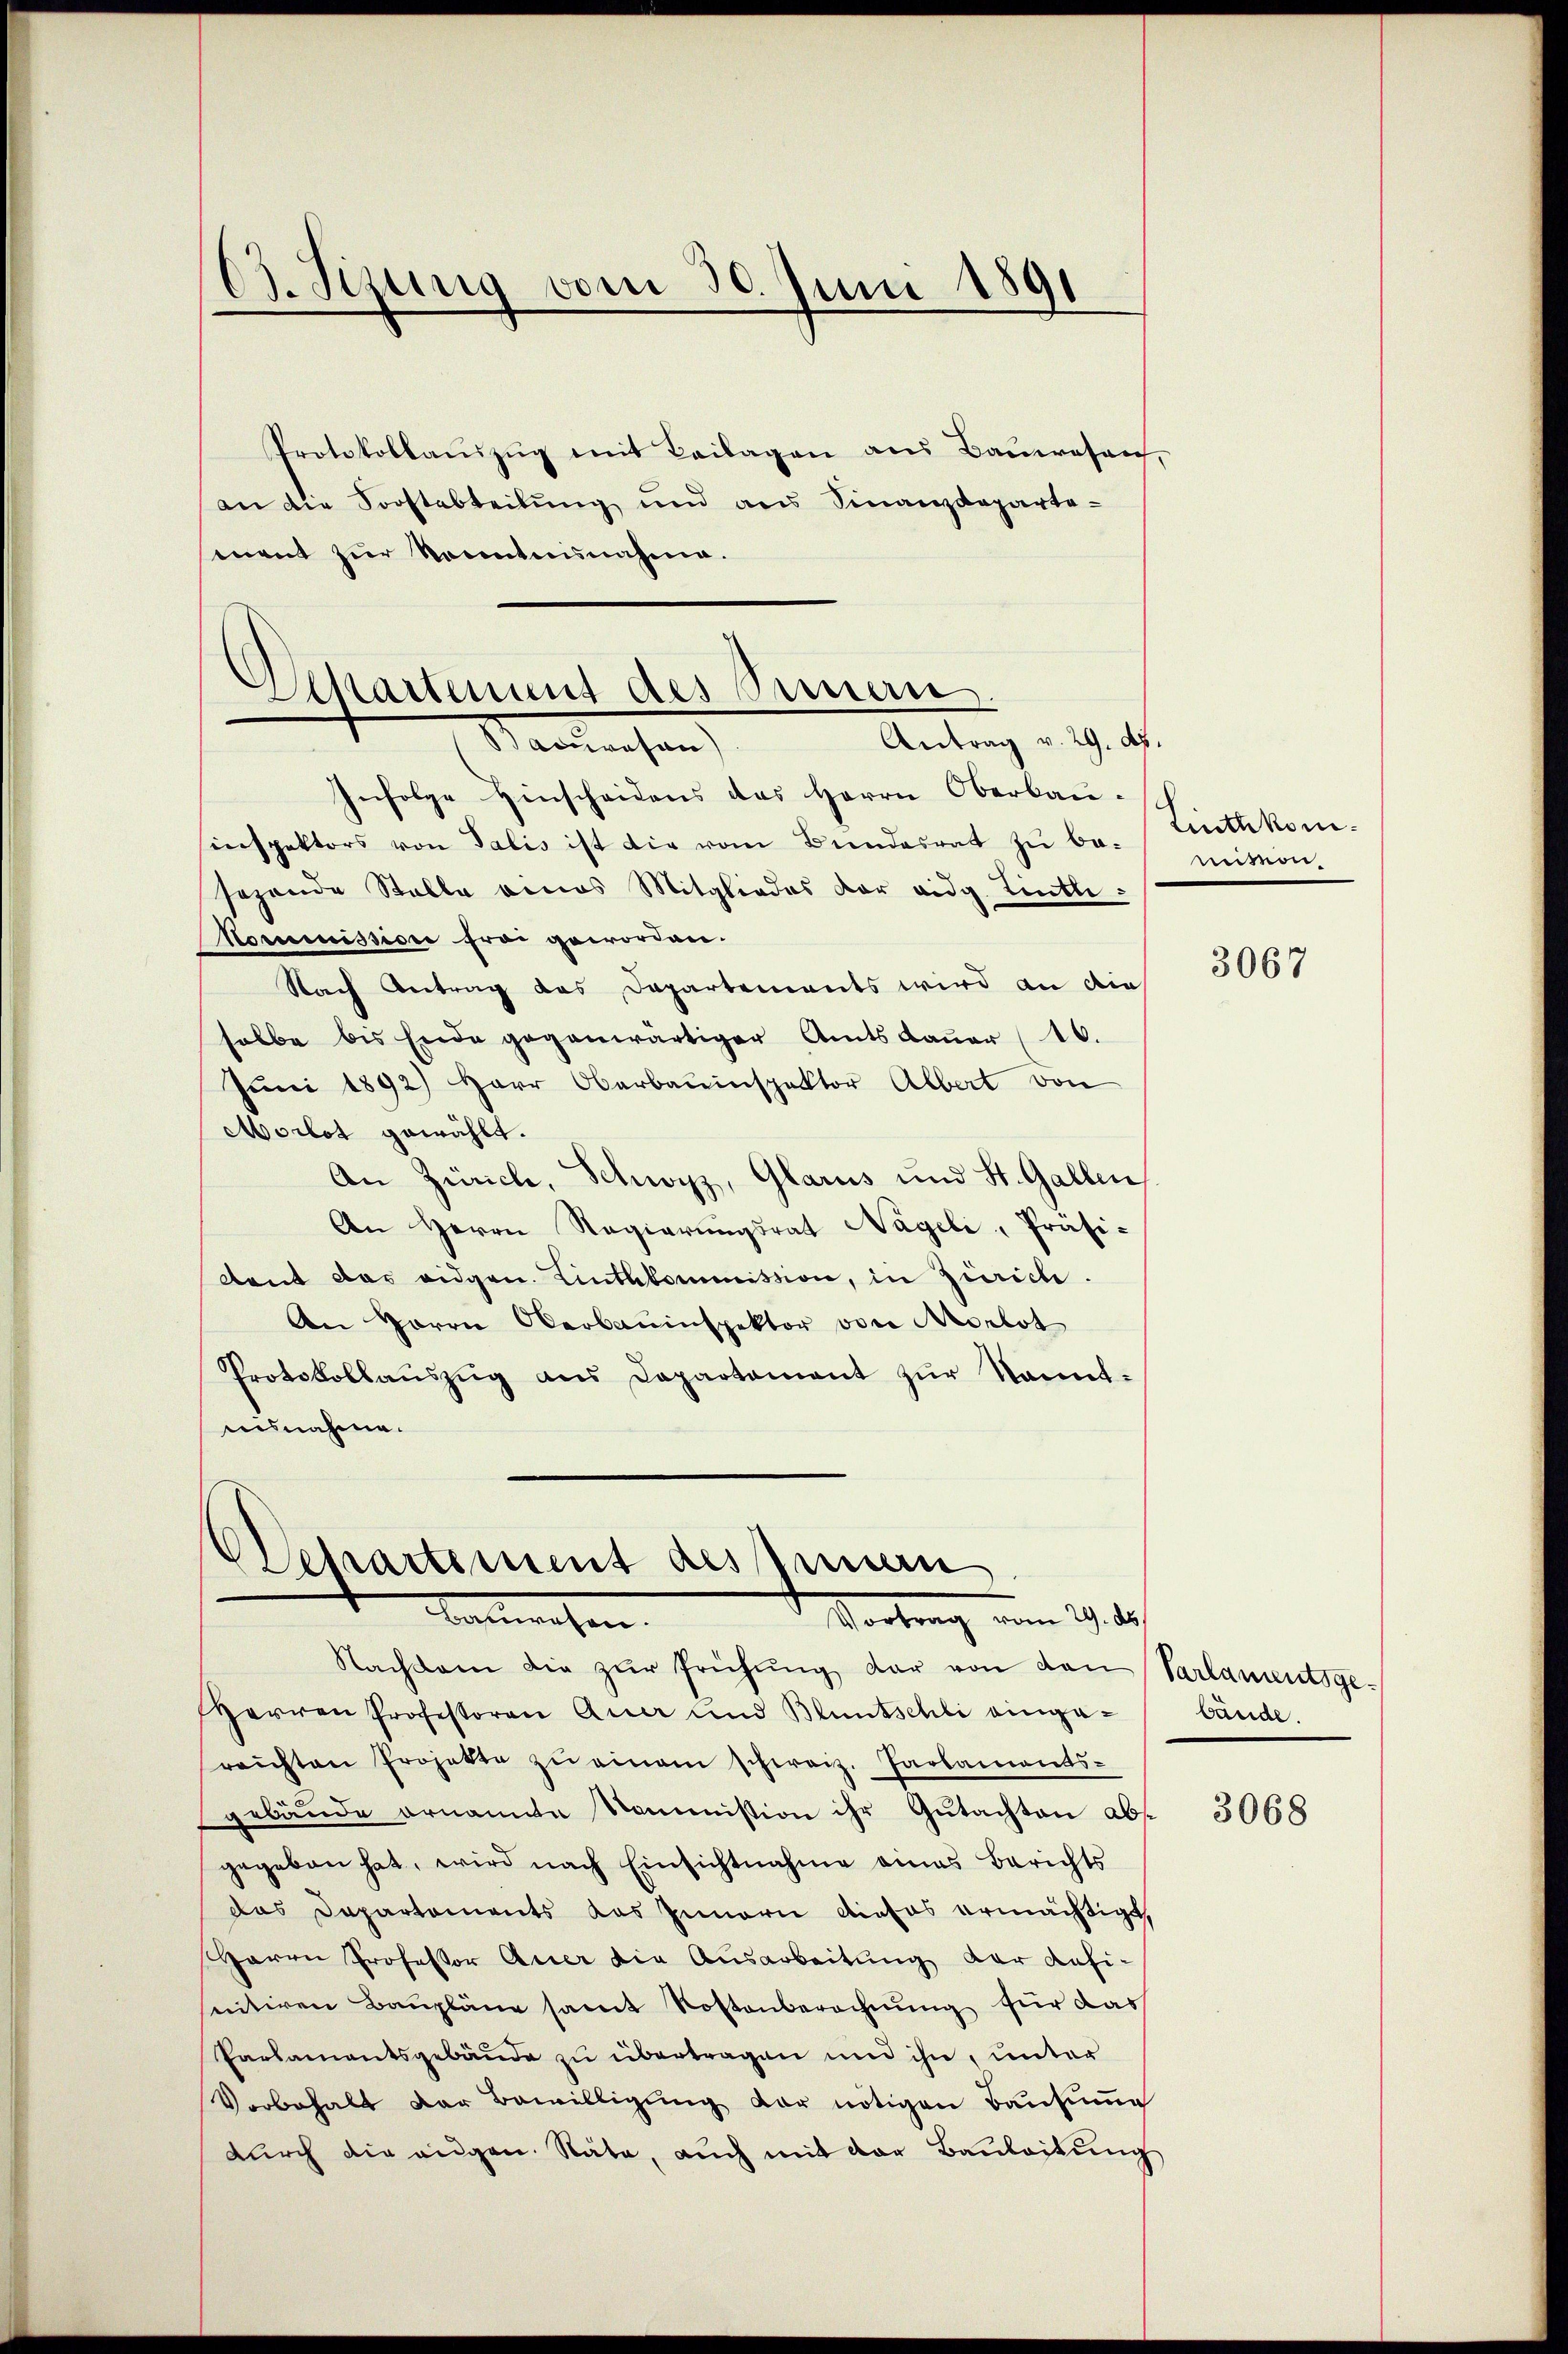
Protokollaŭszŭg mit Beilagen ans Baŭerosen,
an die Forstabteilung und aus Finanzdeparte-
ment zur Rocntnisnahme.

63. Sizung vom 30. Juni 1891

Wartement des Sinnern.
Antrag v. 29. d.
Nanterhan

EDepartement des Innern
Vortrag vom 29. A
Batterwesen.
Nachbarn die zŭr Frühŭng dar von den Parlamentsge¬

Infolge Hinscheidens des Herrn Oberbau
inspektors von Talis ist die vom Bundesrat zŭ be-Authkomsezende Stelle eines Mitgliedes der eidg. Tinte:
Nommission frei geworden.
Nach Antrag das Departements wird an die
halbe bis Ende gegenwärtiger Amtsdauer (16.
Juni 1892) Herr Oberbauinspektor Albert von
Morlot gewählt.
An Zürich, Schwyz, Glarus und St. Gallen
An Herrn Regierŭngsrat Nageli, Präsi-
dent das eidgen. Linthkommission, in Zürich.
An Herrn Oberbauinspektor von Morlot
Protokollaŭszŭg ans Departement zŭr Sonnt-
nisnahme.

mition.

Herren Professoren Quer und Bluntschli eingareichten Projekte zu einem schweiz. Parlaments-
gebäude ernannte Kommission ihr Gutachten absgegeben hat, wird nach Einsichtnahme eines Berichts
das Departements das Innern dieses ermächtigt,
Harrn Professor Quer die Ausarbeitung der defi-
sentiren Baupläne samt Kostenberechnung für das
Parlamentsgebäude zu übertragen und ihn, unter
Vorbehalt der Bewilligŭng der nötigen Bausung
dŭrch die angen. Stäte, aŭch mit der Baŭleitŭng

3067

bände.

3068